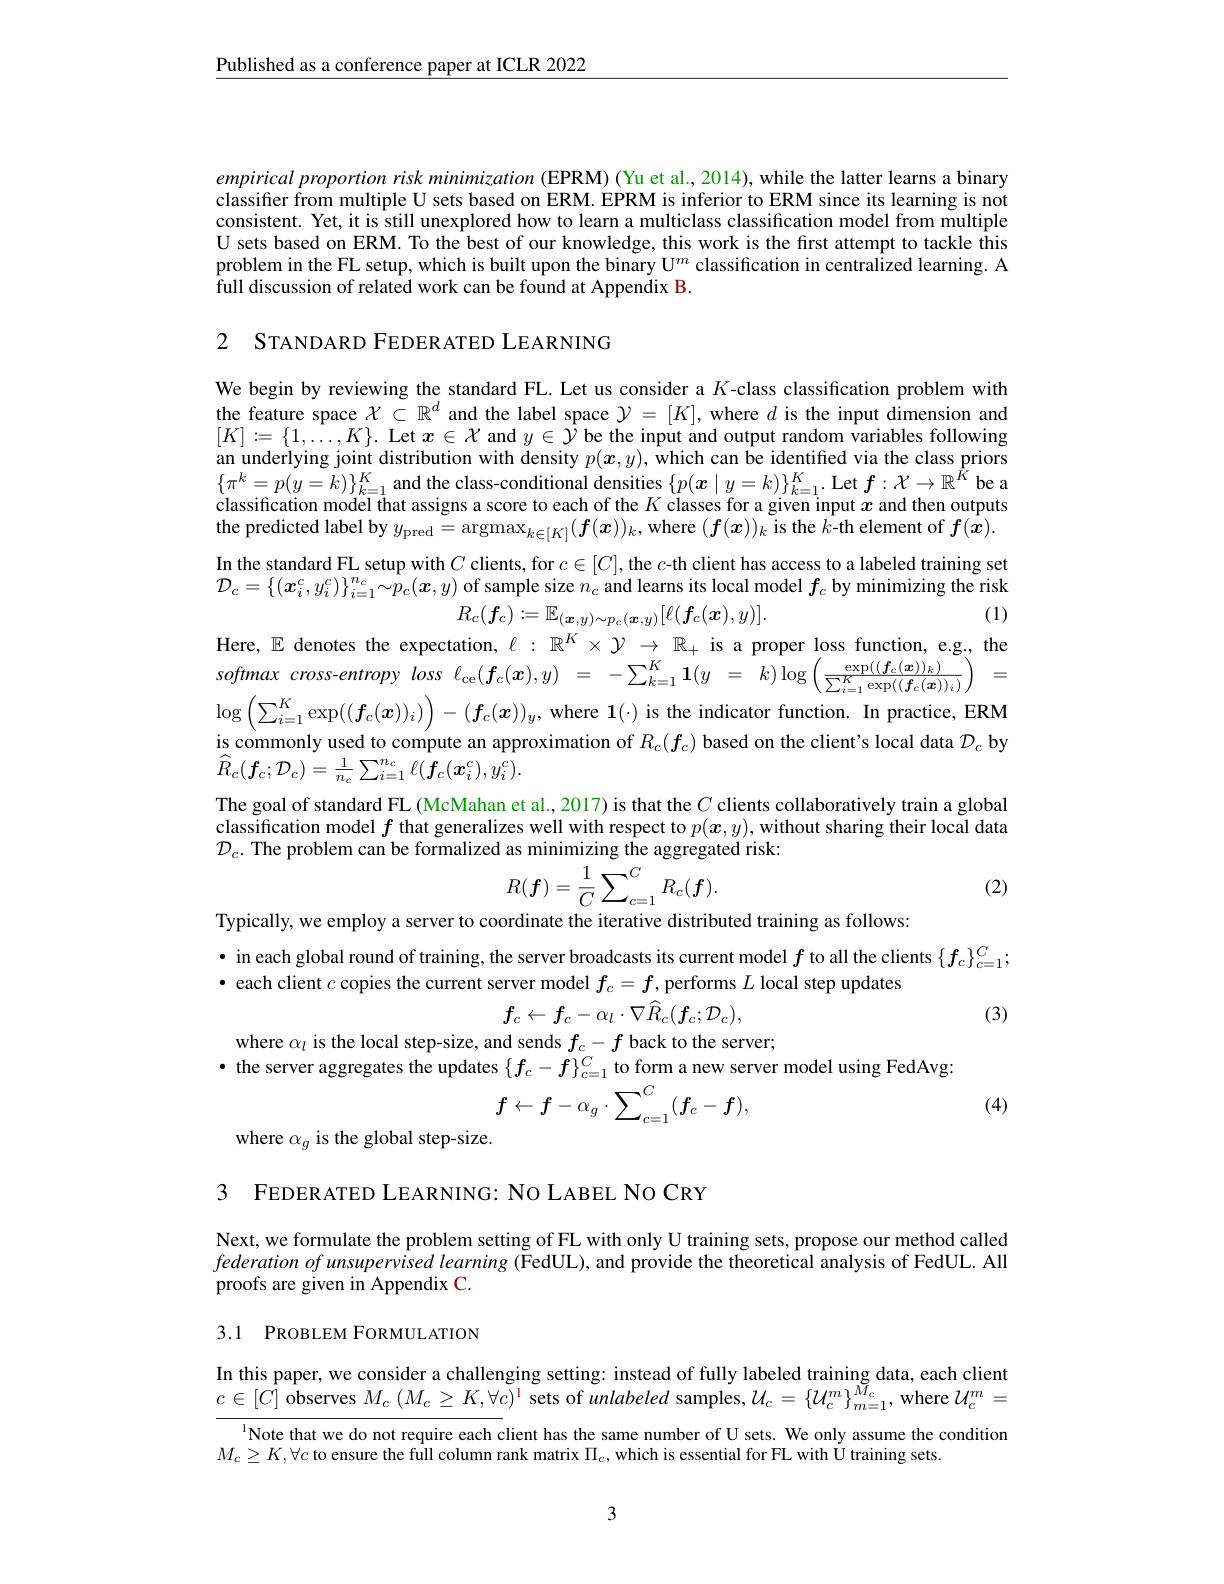
$\underline{\text{Published as a conference paper at ICLR 2022}}$

empirical proportion risk minimization (EPRM) (Yu et al., 2014), while the latter learns a binary classifier from multiple U sets based on ERM. EPRM is inferior to ERM since its learning is not consistent. Yet, it is still unexplored how to learn a multiclass classification model from multiple U sets based on ERM. To the best of our knowledge, this work is the first attempt to tackle this problem in the FL setup, which is built upon the binary U$^{m}$ classification in centralized learning. A $\hat{\text{full discussion of related work can be found at Appendix B}}.$

2 STANDARD FEDER ATED LEARNING

We begin by reviewing the standard FL. Let us consider a $K$-class classification problem with the feature space $\mathcal{X}\subset\mathbb{R}^d$ and the label space $\mathcal{Y}=[K]$, where $d$ is the input dimension and $[K]:=\{1,\ldots,K\}.$ Let $x\in\mathcal{X}$ and $y\in\hat{\mathcal{Y}}$ be the input and output random variables following an underlying joint distribution with density $p(\boldsymbol{x},y),\tilde{\text{which can be identified via the class priors}}$ $\{\pi^k=p(y=k)\}_{k=1}^K$ and the class-conditional densities $\{p(\boldsymbol{x}\mid y=k)\}_k=1^K$. Let $f:\mathcal{X}\to\mathbb{R}^{\hat{K}}$ be a classification model that assigns a score to each of the $K$ classes for a given input $x$ and then outputs the predicted label by $y_\mathrm{pred}=\operatorname{argmax}_{k\in[K]}(\boldsymbol{f}(\boldsymbol{x}))_k$,where $(\boldsymbol{f}(\boldsymbol{x}))_k$ is the $\hat{k}$-th element of $f(\dot{\boldsymbol{x}}).$ In the standard FL setup with $C$ clients, for $c\in[C]$, the $c$-th client has access to a labeled training set $\mathcal{D}_c=\{(\boldsymbol{x}_i^c,y_i^c)\}_{i=1}^{n_c}\sim\hat{p}_c(\boldsymbol{x},y)$ of sample size $n_c$ and learns its local model $f_c$ by minimizing the risk
(1)
$R_{c}(\boldsymbol{f}_{c}):=\mathbb{E}_{(\boldsymbol{x},y)\sim p_{c}(\boldsymbol{x},y)}[\ell(\boldsymbol{f}_{c}(\boldsymbol{x}),y)].$
Here, $\mathbb{E}$ denotes the expectation, $\ell:\mathbb{R}^K\times\mathcal{Y}\to\mathbb{R}_+$ is a proper loss function, e.g., the softmax cross-entropy loss $\ell _{\mathrm{ce}}( \boldsymbol{f}_{c}( \boldsymbol{x}) , y) = - \sum _{k= 1}^{K}\mathbf{1} ( y= k) \log \left ( \frac {\exp ( ( \boldsymbol{f}_{c}( \boldsymbol{x}) ) _{k}) }{\sum _{i= 1}^{K}\exp ( ( \boldsymbol{f}_{c}( \boldsymbol{x}) ) _{i}) }\right ) =$ $\log\left(\sum_{i=1}^K\exp((\boldsymbol{f}_c(\boldsymbol{x}))_i)\right)-(\boldsymbol{f}_c(\boldsymbol{x}))_y$, where $\mathbf{1}(\cdot)$ is the indicator function. In practice, ERM is commonly used to compute an approximation of $R_c(f_c)$ based on the client's local data $\mathcal{D}_c$ by $\widehat{R}_{c}(\boldsymbol{f}_{c};\mathcal{D}_{c})=\frac{1}{n_{c}}\sum_{i=1}^{n_{c}}\ell(\dot{\boldsymbol{f}}_{c}(\boldsymbol{x}_{i}^{c}),y_{i}^{c}).$
The goal of standard FL (McMahan et al., 2017) is that the $C$ clients collaboratively train a global

classification model $f$ that generalizes well with respect to $p(\boldsymbol{x},y)$, without sharing their local data
$\mathcal{D}_{c}.$ The problem can be formalized as minimizing the aggregated risk:
$$R(\boldsymbol{f})=\frac1C\sum_{c=1}^CR_c(\boldsymbol{f}).$$
(2)

Typically, we employ a server to coordinate the iterative distributed training as follows:
· in each global round of training, the server broadcasts its current model $f$ to all the clients $\{f_c\}_{c=1}^C;$
· each client $c$ copies the current server model $f_c=f$, performs $L$ local step updates
$$f_{c}\leftarrow f_{c}-\alpha_{l}\cdot\nabla\widehat{R}_{c}(f_{c};\mathcal{D}_{c}),$$
(3)

where $\alpha_l$ is the local step-size, and sends $f_c-f$ back to the server;
· the server aggregates the updates $\{f_c-f\}_{c=1}^C$ to form a new server model using FedAvg:
$$f\leftarrow f-\alpha_{g}\cdot\sum_{c=1}^{C}(f_{c}-f),$$
(4)

where $\alpha_g$ is the global step-size.

3 FEDERATED LEARNING: NO LABEL NO CRY

Next, we formulate the problem setting of FL with only U training sets, propose our method called $federationofunsupervised~learning~(FedUL),~and~provide~the~theoretical~analysis~of~FedUL.~All~$ proofs are given in Appendix C.

## 3.1 PROBLEM FORMULATION

In this paper, we consider a challenging setting: instead of fully labeled training data, each client $c\in[C]$ observes $M_c\left(M_{c}\geq K,\forall c\right)^{1}$ sets of unlabeled samples$,\mathcal{U}_c=\left\{\mathcal{U}_{c}^{m}\right\}_{m=1}^{\tilde{M}_{c}}$, where $\mathcal{U}_{c}^{m}=$

Note that we do not require each client has the same number of U sets. We only assume the condition

$M_{c}\geq K,\forall c$ to ensure the fuill column rank matrix $\Pi_c$, which is essential for FL with Ütraining sets.

3